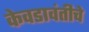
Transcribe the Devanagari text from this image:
केवडावंतीचे